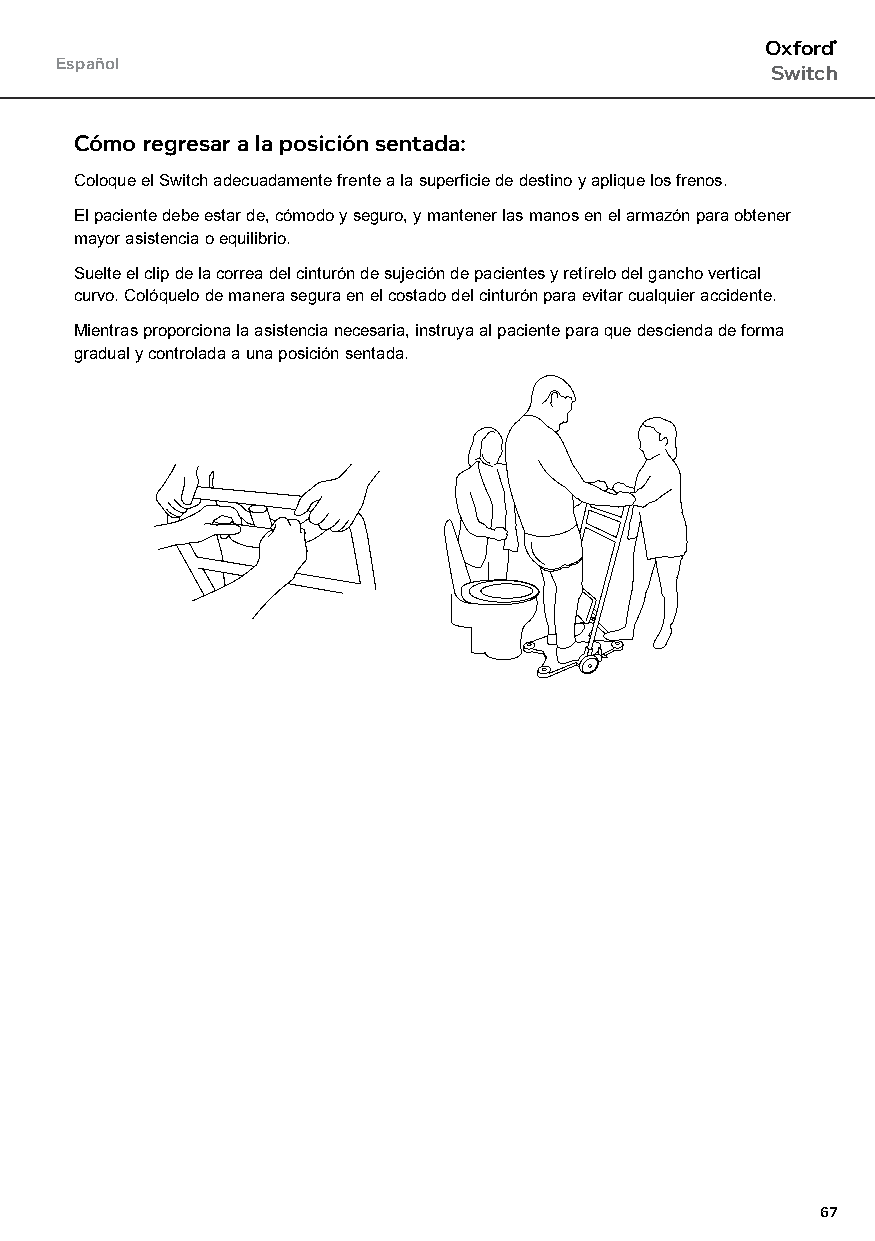
Oxford®
 Español
 Switch
 Cómo regresar a la posición sentada:
 Coloque el Switch adecuadamente frente a la superficie de destino y aplique los frenos.
 El paciente debe estar de, cómodo y seguro, y mantener las manos en el armazón para obtener
 mayor asistencia o equilibrio.
 Suelte el clip de la correa del cinturón de sujeción de pacientes y retírelo del gancho vertical
 curvo. Colóquelo de manera segura en el costado del cinturón para evitar cualquier accidente.
 Mientras proporciona la asistencia necesaria, instruya al paciente para que descienda de forma
 gradual y controlada a una posición sentada.
 67